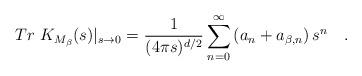
LaTeX: \begin{align*}Tr~K_{M_{\beta}}(s)|_{s\rightarrow 0}={1 \over (4\pi s)^{d/2}} \sum_{n=0}^{\infty}\left(a_n + a_{\beta,n} \right)s^n~~~.\end{align*}